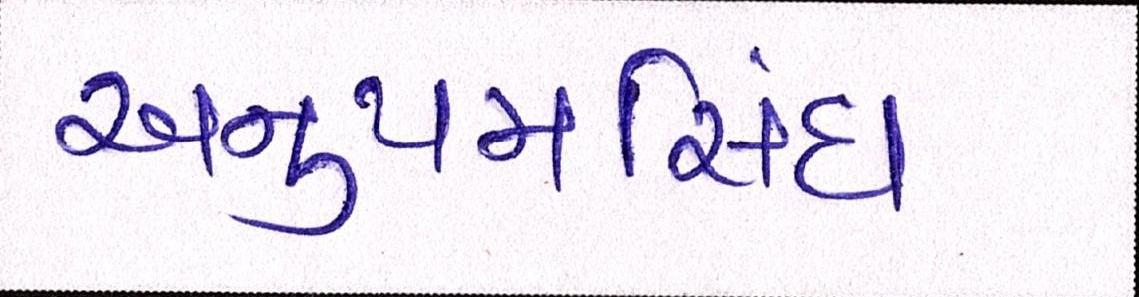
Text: અનુપમસિંઘ